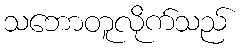
သဘောတူလိုက်သည်